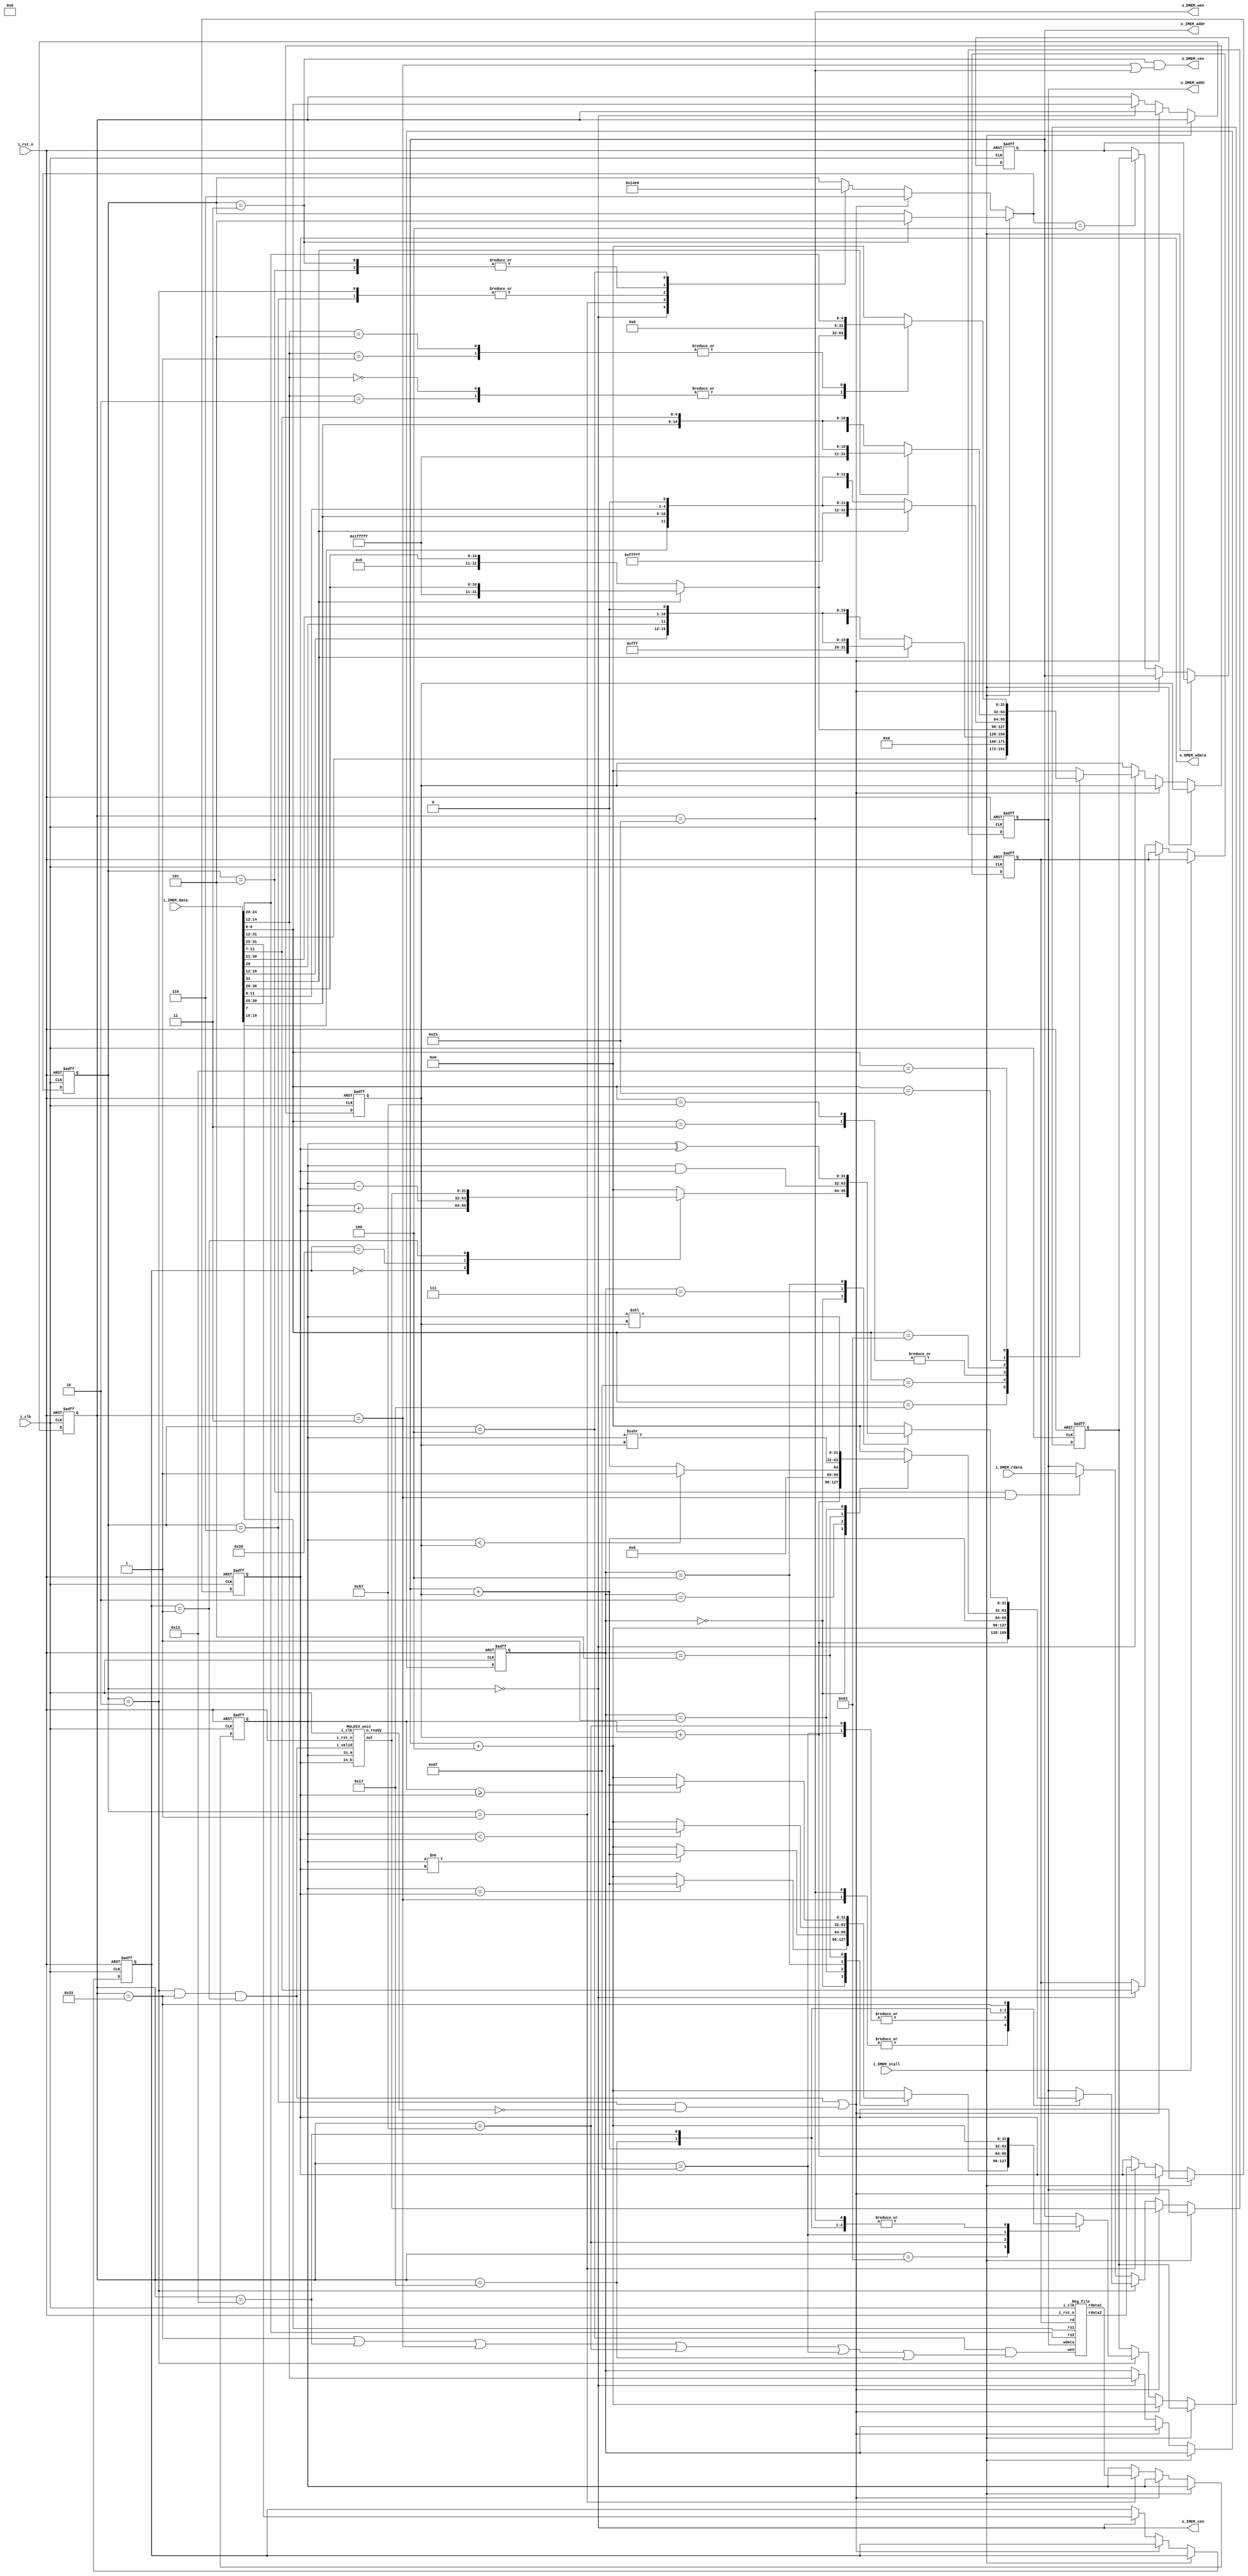
//----------------------------- DO NOT MODIFY THE I/O INTERFACE!! ------------------------------//
module CHIP #(                                                                                  //
    parameter BIT_W = 32                                                                        //
)(                                                                                              //
    // clock                                                                                    //
        input               i_clk,                                                              //
        input               i_rst_n,                                                            //
    // instruction memory                                                                       //
        input  [BIT_W-1:0]  i_IMEM_data,                                                        //
        output [BIT_W-1:0]  o_IMEM_addr,                                                        //
        output              o_IMEM_cen,                                                         //
    // data memory                                                                              //
        input               i_DMEM_stall,                                                       //
        input  [BIT_W-1:0]  i_DMEM_rdata,                                                       //
        output              o_DMEM_cen,                                                         //
        output              o_DMEM_wen,                                                         //
        output [BIT_W-1:0]  o_DMEM_addr,                                                        //
        output [BIT_W-1:0]  o_DMEM_wdata                                                        //
);                                                                                              //
//----------------------------- DO NOT MODIFY THE I/O INTERFACE!! ------------------------------//

// ------------------------------------------------------------------------------------------------------------------------------------------------------
// Parameters
// ------------------------------------------------------------------------------------------------------------------------------------------------------
    parameter Branch_7 = 7'b1100011;
    parameter BEQ_3 = 3'b000;
    parameter BNE_3 = 3'b001;
    parameter BLT_3 = 3'b100;
    parameter BGE_3 = 3'b101;
    
    parameter SW_7 = 7'b0100011;

    parameter LW_7 = 7'b0000011;

    parameter JALR_7 = 7'b1100111;

    parameter JAL_7 = 7'b1101111;

    parameter AUIPC_7 = 7'b0010111;
    
    parameter ALU_7 =7'b0110011;
    parameter XOR_3 = 3'b100;
    parameter AND_3 = 3'b111;
    parameter Arithmetic_3 = 3'b000;
    parameter ADD_7 = 7'b0000000;
    parameter SUB_7 = 7'b0100000;
    parameter MUL_7 = 7'b0000001;
    
    parameter IMM_7 = 7'b0010011;
    parameter ADDI_3 = 3'b000;
    parameter SLTI_3 = 3'b010;
    parameter SRAI_3 = 3'b101;
    parameter SLLI_3 = 3'b001;
    
    parameter IF = 3'b000;
    parameter ID = 3'b001;
    parameter EX = 3'b010;
    parameter ME = 3'b011;
    parameter WB = 3'b100;
    parameter MEM =3'b101;
    parameter EXE =3'b110;

// ------------------------------------------------------------------------------------------------------------------------------------------------------
// Wires and Registers
// ------------------------------------------------------------------------------------------------------------------------------------------------------
    
    // TODO: any declaration
        reg[2:0] state, next_state;

        reg [BIT_W-1:0] PC, next_PC;
        reg[6:0] opcode, opcode_nxt;
        reg[2:0] func3, func3_nxt;
        reg[6:0] func7, func7_nxt;
        reg[4:0] rs1, rs1_nxt;
        reg[4:0] rs2, rs2_nxt;
        reg[4:0] rd, rd_nxt;

        reg[BIT_W-1:0] rs1_data, rs2_data;
        reg[BIT_W-1:0] rs1_data_nxt, rs2_data_nxt;
        reg[BIT_W-1:0] imm, imm_nxt;
        reg[BIT_W-1:0] result,result_nxt;

        wire mem_cen, mem_wen;
        wire [BIT_W-1:0] mem_addr, mem_wdata, mem_rdata;
        wire mem_stall;
        wire reg_wen;
        wire [BIT_W-1:0]rs1_out, rs2_out;
        reg [BIT_W-1:0] nxt_pc,pc;
        wire [BIT_W-1:0]mul_out;
        wire mul_valid;
        wire mul_ready;
// ------------------------------------------------------------------------------------------------------------------------------------------------------
// Continuous Assignment
// ------------------------------------------------------------------------------------------------------------------------------------------------------

    // TODO: any wire assignment
    assign reg_wen= (state==WB && (opcode==ALU_7||opcode==IMM_7||opcode==LW_7||opcode==JALR_7||opcode==JAL_7||opcode==AUIPC_7));
    assign mem_wen= (opcode==SW_7);
    assign o_IMEM_cen= (state==IF);
    assign o_IMEM_addr =PC;
    assign o_DMEM_wen = (opcode==SW_7);
    assign o_DMEM_cen = ((state==ME)&&(opcode==LW_7||opcode==SW_7));
    assign o_DMEM_addr=result;
    assign o_DMEM_wdata = rs2_data;
    assign mul_valid=(state==EX && opcode==ALU_7&&func7==MUL_7);
    

// ------------------------------------------------------------------------------------------------------------------------------------------------------
// Submoddules
// ------------------------------------------------------------------------------------------------------------------------------------------------------

    // TODO: Reg_file wire connection
    Reg_file reg0(               
        .i_clk  (i_clk),             
        .i_rst_n(i_rst_n),         
        .wen    (reg_wen),          
        .rs1    (i_IMEM_data[19:15]),                
        .rs2    (i_IMEM_data[24:20]),                  
        .rd     (rd),                 
        .wdata  (result),             
        .rdata1 (rs1_out),           
        .rdata2 (rs2_out)
    );

    MULDIV_unit MUL(
        .i_clk(i_clk),
        .i_rst_n(i_rst_n),
        .i_valid(mul_valid),
        .in_a(rs1_data),
        .in_b(rs2_data),
        .out(mul_out),
        .o_ready(mul_ready)
    );

// ------------------------------------------------------------------------------------------------------------------------------------------------------
// Always Blocks
// ------------------------------------------------------------------------------------------------------------------------------------------------------
    
    // Todo: any combinational/sequential circuit
    always@(*)begin
        if(i_DMEM_stall)begin
            next_state=(state==ME) ?MEM:state;
            
        end 
        else begin
            if(mul_valid||(state==EXE&&!mul_ready)) next_state=EXE;
            else begin
                case(state)
                    IF: next_state = ID;
                    ID: next_state = EX;
                    EX: next_state = ME;
                    EXE: next_state = ME;
                    ME: next_state = WB;
                    MEM: next_state =WB;
                    WB: next_state = IF;
                    default: next_state=state;
                endcase
                
            end 
        end
    end

    always@(*)begin 
        if(i_DMEM_stall) begin
            opcode_nxt=opcode;
            func7_nxt=func7;
            func3_nxt=func3;
            rs1_data_nxt=rs1_data;
            rs2_data_nxt =rs2_data;
            rs1_nxt=rs1;
            rs2_nxt=rs2;
            rd_nxt=rd;
            next_PC=PC;
            nxt_pc=pc;
            imm_nxt=imm;
            result_nxt=result;
        end
        else begin
            
            if(mul_valid||(state==EXE&&!mul_ready)) begin
                opcode_nxt=opcode;
                func7_nxt=func7;
                func3_nxt=func3;
                rs1_data_nxt=rs1_data;
                rs2_data_nxt =rs2_data;
                rs1_nxt=rs1;
                rs2_nxt=rs2;
                rd_nxt=rd;
                next_PC=PC;
                nxt_pc=PC+4;
                imm_nxt=imm;
                result_nxt=mul_out;
            end
            else begin
                opcode_nxt=(state==IF)?i_IMEM_data[6:0]:opcode;
                func7_nxt=(state==IF)?i_IMEM_data[31:25]:func7;
                func3_nxt=(state==IF)?i_IMEM_data[14:12]:func3;
                rs1_nxt=(state==IF)?i_IMEM_data[19:15]:rs1;
                rs2_nxt=(state==IF)? i_IMEM_data[24:20]:rs2;
                rd_nxt=(state==IF)?i_IMEM_data[11:7]:rd;
                
                if(state==IF) begin
                    
                    case(i_IMEM_data[6:0])
                        AUIPC_7:imm_nxt= {i_IMEM_data[31:12],12'b0};
                        JAL_7:imm_nxt= (i_IMEM_data[31]==1)? {11'h7FF,i_IMEM_data[31],i_IMEM_data[19:12],i_IMEM_data[20],i_IMEM_data[30:21],1'b0} : {11'h0,i_IMEM_data[31],i_IMEM_data[19:12],i_IMEM_data[20],i_IMEM_data[30:21],1'b0};
                        JALR_7,LW_7:imm_nxt= (i_IMEM_data[31]==1)? {20'hFFFFF,i_IMEM_data[31:20]} : {20'b0,i_IMEM_data[31:20]};
                        Branch_7:imm_nxt= (i_IMEM_data[31]==1)? {19'h7FFFF,i_IMEM_data[31],i_IMEM_data[7],i_IMEM_data[30:25],i_IMEM_data[11:8],1'b0}  :  {19'b0,i_IMEM_data[31],i_IMEM_data[7],i_IMEM_data[30:25],i_IMEM_data[11:8],1'b0};
                        SW_7:imm_nxt= (i_IMEM_data[31]==1)? {20'hFFFFF,i_IMEM_data[31:25],i_IMEM_data[11:7]} : {20'b0,i_IMEM_data[31:25],i_IMEM_data[11:7]};
                        IMM_7:begin
                            case(i_IMEM_data[14:12])
                                ADDI_3,SLTI_3:imm_nxt= (i_IMEM_data[31]==1)? {20'hFFFFF,i_IMEM_data[31:20]} : {20'b0,i_IMEM_data[31:20]};
                                SRAI_3 ,SLLI_3:imm_nxt= {27'b0,i_IMEM_data[24:20]};
                                default:imm_nxt=0;
                            endcase 
                        end 
                        default:imm_nxt=0;
                    endcase
                end
                else imm_nxt=imm;

                rs1_data_nxt=(state==ID)?rs1_out:rs1_data;
                rs2_data_nxt=(state==ID)?rs2_out:rs2_data;

                if(state==EX) begin
                    case(opcode)
                        Branch_7:begin
                            case(func3)
                                BEQ_3: nxt_pc =($signed(rs1_data)==$signed(rs2_data))?PC+$signed(imm):PC+4;
                                BNE_3: nxt_pc =($signed(rs1_data)!=$signed(rs2_data))?PC+$signed(imm):PC+4;
                                BLT_3: nxt_pc =($signed(rs1_data)<$signed(rs2_data))?PC+$signed(imm):PC+4;
                                BGE_3: nxt_pc =($signed (rs1_data)>=$signed(rs2_data))?PC+$signed(imm):PC+4;
                                default: nxt_pc=PC+4;
                            endcase
                            result_nxt=result;
                        end 
                        SW_7:begin
                            result_nxt=rs1_data+$signed(imm);
                            nxt_pc=PC+4;
                        end
                        LW_7:begin
                            result_nxt=rs1_data+$signed(imm);
                            nxt_pc=PC+4;
                        end
                        JALR_7: begin
                            nxt_pc= rs1_data+$signed(imm);
                            result_nxt= PC+4;
                        end 
                        JAL_7:begin
                            nxt_pc= PC+$signed(imm);
                            result_nxt =PC+4;
                        end
                        AUIPC_7: begin
                            result_nxt= PC+$signed(imm);
                            nxt_pc= PC+4;
                        end
                        IMM_7: begin
                            case(func3)
                                ADDI_3: result_nxt= rs1_data+$signed(imm);
                                SLTI_3: result_nxt= ($signed(rs1_data) < $signed(imm)) ? 32'b1 : 32'b0;
                                SRAI_3: result_nxt= $signed(rs1_data)>>>imm;
                                SLLI_3: result_nxt = rs1_data<<imm;
                                default: result_nxt=0;
                            endcase
                            nxt_pc= PC+4;
                        end
                        ALU_7:begin
                            case(func3)
                                Arithmetic_3:begin 
                                    case(func7)
                                        ADD_7: result_nxt=rs1_data+rs2_data;
                                        SUB_7: result_nxt=rs1_data-rs2_data;
                                        MUL_7: result_nxt=mul_out;
                                        default: result_nxt=0;
                                    endcase
                                end 
                                AND_3: result_nxt=rs1_data&rs2_data;
                                XOR_3: result_nxt=rs1_data^rs2_data;
                                default: result_nxt=0;
                            endcase
                            nxt_pc= PC+4;
                        end
                        default :begin
                            nxt_pc=PC;
                            result_nxt=result; 
                        end 
                    endcase
                end
                else begin
                    result_nxt = (state==MEM &&opcode == LW_7) ? i_DMEM_rdata : result;
                    nxt_pc=pc;//next_PC=PC;
                end 
                next_PC=(next_state==WB)? pc:PC;
            end 
            
        end  
    end
    always@(posedge i_clk or negedge i_rst_n) begin
        if(!i_rst_n) begin 
            opcode<=0;
            func3<=0;
            func7<=0;
            rs1_data<=0;
            rs2_data<=0;
            rs1<=0;
            rs2<=0;
            rd <=0;
            state<=IF;
            result<=0;
            imm<=0;
            pc<=0;
        end 
        else begin 
            rs1_data<=rs1_data_nxt;
            rs2_data<=rs2_data_nxt;
            func3<=func3_nxt;
            func7<=func7_nxt;
            opcode<=opcode_nxt;
            rs1<=rs1_nxt;
            rs2<=rs2_nxt;
            rd <=rd_nxt;
            state<=next_state;
            result<=result_nxt;
            imm<=imm_nxt;
            pc<=nxt_pc;
        end 
    end
    always @(posedge i_clk or negedge i_rst_n) begin
        if (!i_rst_n) begin
            PC <= 32'h00010000; // Do not modify this value!!!
        end
        else begin
            PC <= next_PC;
        end
    end
    
endmodule

module Reg_file(i_clk, i_rst_n, wen, rs1, rs2, rd, wdata, rdata1, rdata2);
   
    parameter BITS = 32;
    parameter word_depth = 32;
    parameter addr_width = 5; // 2^addr_width >= word_depth
    
    input i_clk, i_rst_n, wen; // wen: 0:read | 1:write
    input [BITS-1:0] wdata;
    input [addr_width-1:0] rs1, rs2, rd;

    output [BITS-1:0] rdata1, rdata2;

    reg [BITS-1:0] mem [0:word_depth-1];
    reg [BITS-1:0] mem_nxt [0:word_depth-1];

    integer i;

    assign rdata1 = mem[rs1];
    assign rdata2 = mem[rs2];

    always @(*) begin
        for (i=0; i<word_depth; i=i+1)
            mem_nxt[i] = (wen && (rd == i)) ? wdata : mem[i];
    end

    always @(posedge i_clk or negedge i_rst_n) begin
        if (!i_rst_n) begin
            mem[0] <= 0;
            for (i=1; i<word_depth; i=i+1) begin
                case(i)
                    32'd2: mem[i] <= 32'hbffffff0;
                    32'd3: mem[i] <= 32'h10008000;
                    default: mem[i] <= 32'h0;
                endcase
            end
        end
        else begin
            mem[0] <= 0;
            for (i=1; i<word_depth; i=i+1)
                mem[i] <= mem_nxt[i];
        end       
    end
endmodule

module MULDIV_unit(
    input i_clk,
    input i_rst_n,
    input i_valid, //enable
    input [31:0]in_a,
    input [31:0]in_b,
    output [31:0]out,
    output o_ready // output valid
    // TODO: port declaration
    );
    parameter S_IDLE = 4'd1;
    parameter S_MUL = 4'd2;
    parameter S_OUT = 4'd3;

    // Todo: HW2
    reg ready;
    reg[63:0] shift_reg;
    reg [1:0] state;
    reg [1:0] next_state;
    wire [31:0]alu_a;

    wire [31:0]adder;
    reg [4:0]counter;
    assign o_ready=ready;
    assign alu_a = shift_reg[63:32];
    assign out=shift_reg[31:0];
    assign adder = alu_a+((out[0]==1)?in_b:0);
    always @(*) begin
        case(state)
            S_IDLE:
                next_state = (i_valid)? S_MUL : S_IDLE;
            S_MUL:
                next_state = (counter == 5'd31)? S_OUT : S_MUL;
            S_OUT:
                next_state = S_IDLE;
            default:
                next_state = S_IDLE;
        endcase

    end
    always @(posedge i_clk or negedge i_rst_n) begin
        if(!i_rst_n ) begin
            shift_reg <= {64'b0};
            counter <= 0;
            state<= S_IDLE;
            ready<=0;
        end
        else begin
            counter <= (state==S_MUL)? counter+1:0;
            state <= next_state;
            shift_reg<= (state ==S_IDLE &&i_valid) ? {32'b0,in_a}:
                        (state==S_MUL)? {adder,out[31:1]} : shift_reg;
            ready<= (state==S_OUT)? 1:0;
        end

    end

endmodule

module Cache#(
        parameter BIT_W = 32,
        parameter ADDR_W = 32
    )(
        input i_clk,
        input i_rst_n,
        // processor interface
            input i_proc_cen,
            input i_proc_wen,
            input [ADDR_W-1:0] i_proc_addr,
            input [BIT_W-1:0]  i_proc_wdata,
            output [BIT_W-1:0] o_proc_rdata,
            output o_proc_stall,
        // memory interface
            output o_mem_cen,
            output o_mem_wen,
            output [ADDR_W-1:0] o_mem_addr,
            output [BIT_W-1:0]  o_mem_wdata,
            input [BIT_W-1:0] i_mem_rdata,
            input i_mem_stall
    );

    //---------------------------------------//
    //          default connection           //
    assign o_mem_cen = i_proc_cen;        //
    assign o_mem_wen = i_proc_wen;        //
    assign o_mem_addr = i_proc_addr;      //
    assign o_mem_wdata = i_proc_wdata;    //
    assign o_proc_rdata = i_mem_rdata;    //
    assign o_proc_stall = i_mem_stall;    //
    //---------------------------------------//

    // Todo: BONUS
endmodule